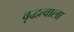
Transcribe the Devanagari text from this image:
वृद्धत्वाला